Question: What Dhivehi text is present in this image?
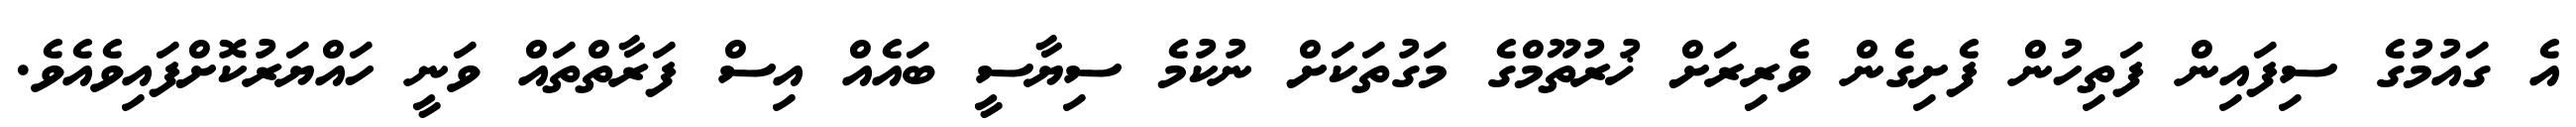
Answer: އެ ގައުމުގެ ސިފައިން ފަތިހުން ފެށިގެން ވެރިރަށް ޚުރުތޫމްގެ މަގުތަކަށް ނުކުމެ ސިޔާސީ ބައެއް އިސް ފަރާތްތައް ވަނީ ހައްޔަރުކޮށްފައިވެއެވެ.